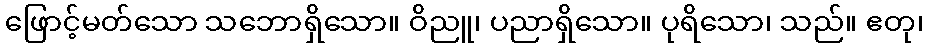
ဖြောင့်မတ်သော သဘောရှိသော။ ဝိညူ၊ ပညာရှိသော။ ပုရိသော၊ သည်။ ဧတု၊